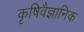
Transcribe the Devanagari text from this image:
कृषिवैज्ञानिक